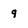
Character: 9